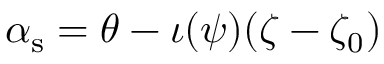
\alpha _ { \mathrm { s } } = \theta - \iota ( \psi ) ( \zeta - \zeta _ { 0 } )